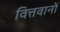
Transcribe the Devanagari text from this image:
वित्तवानों